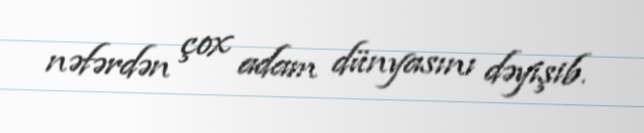
nəfərdən çox adam dünyasını dəyişib.